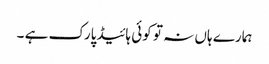
ہمارے ہاں نہ تو کوئی ہائیڈپارک ہے ۔